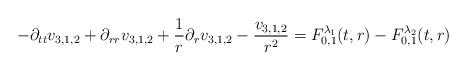
LaTeX: \begin{align*} -\partial_{tt}v_{3,1,2}+\partial_{rr}v_{3,1,2}+\frac{1}{r} \partial_{r} v_{3,1,2} - \frac{v_{3,1,2}}{r^{2}} = F_{0,1}^{\lambda_{1}}(t,r) - F_{0,1}^{\lambda_{2}}(t,r)\end{align*}